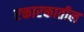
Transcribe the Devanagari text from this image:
रक्तारक्तातील